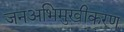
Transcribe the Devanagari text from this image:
जनअभिमुखीकरण